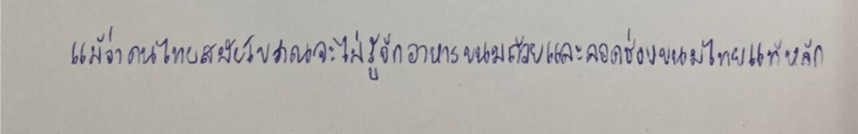
แม้ว่าคนไทยสมัยโบราณจะไม่รู้จักอาหารขนมถ้วยและลอดช่องขนมไทยแท้หลัก